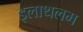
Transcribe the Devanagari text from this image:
इलाथलम